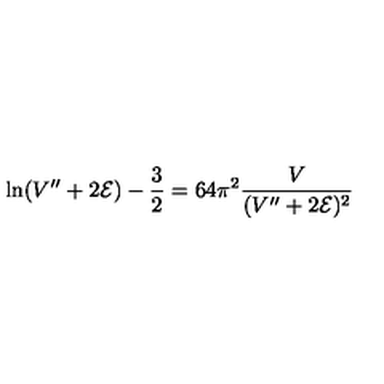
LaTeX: \ln ( V ^ { \prime \prime } + 2 { \cal E } ) - \frac { 3 } { 2 } = 6 4 \pi ^ { 2 } \frac { V } { ( V ^ { \prime \prime } + 2 { \cal E } ) ^ { 2 } }